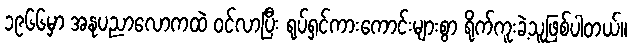
၁၉၆၆မှာ အနုပညာလောကထဲ ဝင်လာပြီး ရုပ်ရှင်ကားကောင်းများစွာ ရိုက်ကူးခဲ့သူဖြစ်ပါတယ်။